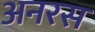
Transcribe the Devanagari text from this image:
अनरस